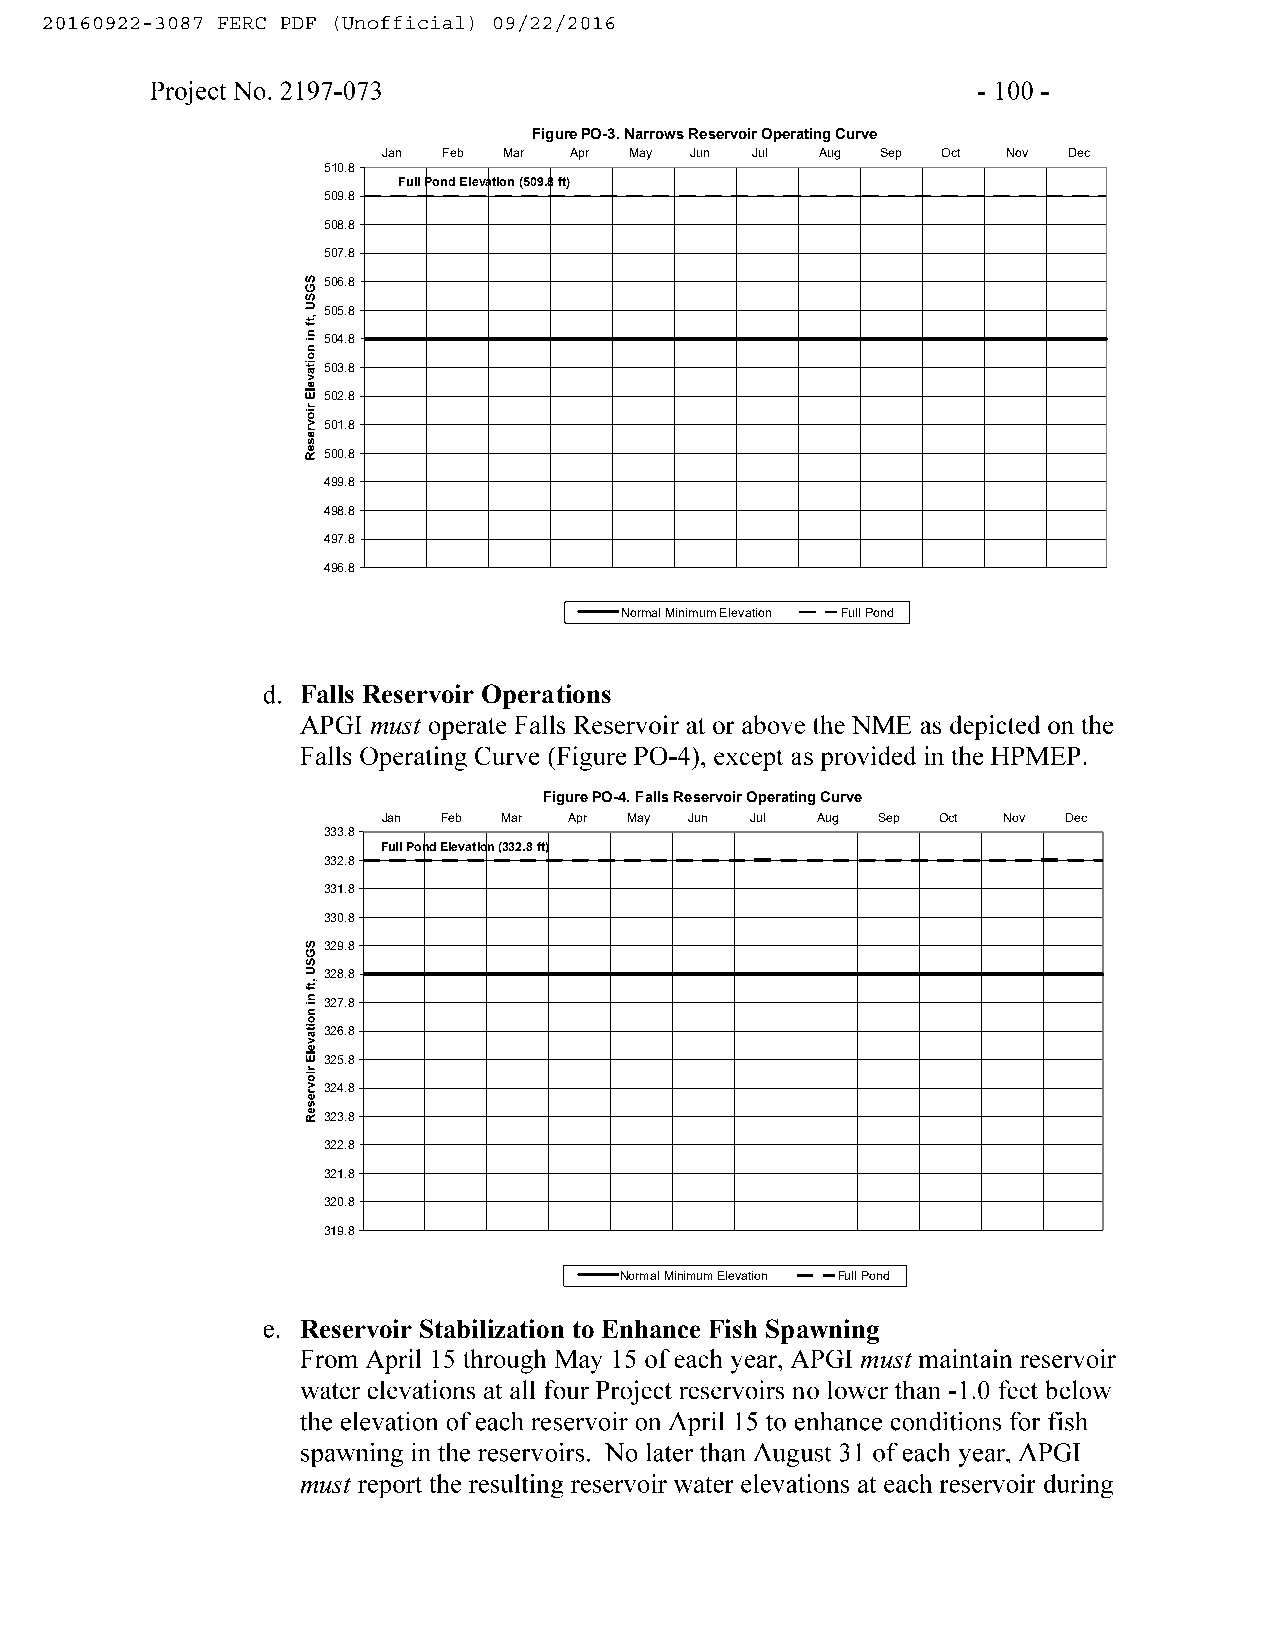
Figure PO-3. Narrows Reservoir Operating Curve
 Jan Feb Mar  Apr May Jun Jul Aug Sep Oct  Nov Dec
 510.8
 Full Pond Elevation (509.8 ft)
 509.8
 508.8
 507.8
 506.8
 505.8
 504.8
 503.8
 502.8
 501.8
 500.8
 499.8
 498.8
 497.8
 496.8
 Normal Minimum Elevation Full Pond
 Falls Reservoir Operations
 must
 Figure PO-4. Falls Reservoir Operating Curve
 Jan Feb Mar  Apr May Jun Jul Aug Sep Oct Nov Dec
 333.8
 Full Pond Elevation (332.8 ft)
 332.8
 331.8
 330.8
 329.8
 328.8
 327.8
 326.8
 325.8
 324.8
 323.8
 322.8
 321.8
 320.8
 319.8
 Normal Minimum Elevation Full Pond
 Reservoir Stabilization to Enhance Fish Spawning
 must
 must